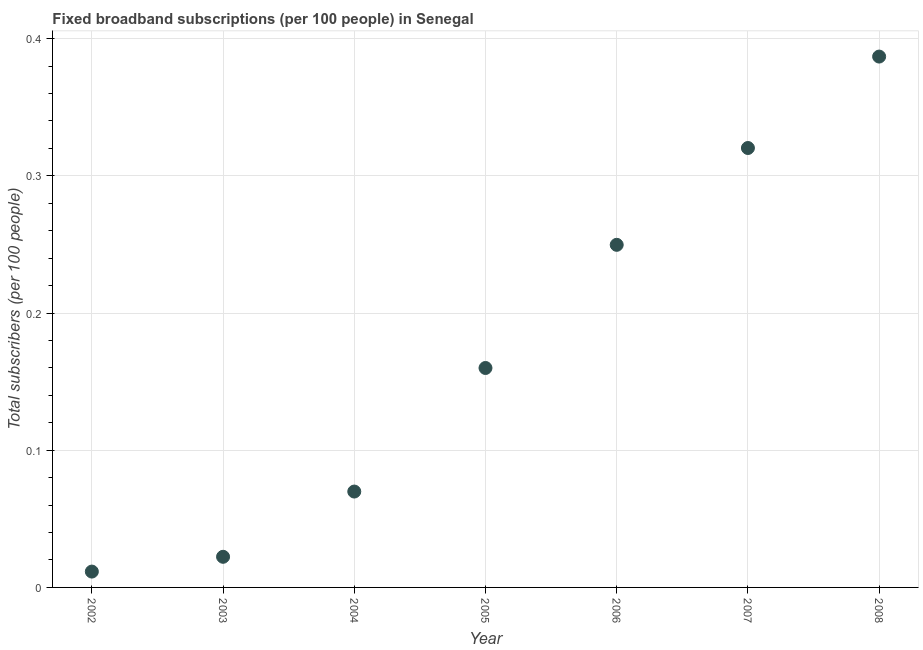
| Year | Fixed broadband subscriptions (per 100 people) |
 | --- | --- |
 | 2002 | 0.0115 |
 | 2003 | 0.0223 |
 | 2004 | 0.0699 |
 | 2005 | 0.16 |
 | 2006 | 0.25 |
 | 2007 | 0.32 |
 | 2008 | 0.387 |